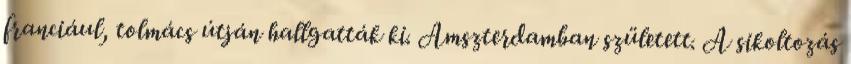
franciául, tolmács útján hallgatták ki. Amszterdamban született. A sikoltozás